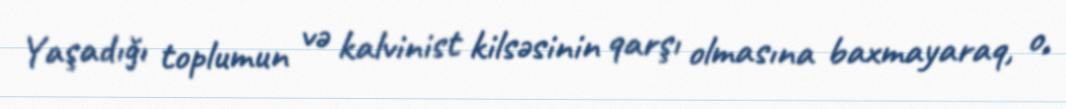
Yaşadığı toplumun və kalvinist kilsəsinin qarşı olmasına baxmayaraq, o,